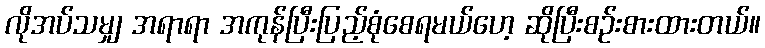
လိုအပ်သမျှ အရာရာ အကုန်ပြီးပြည့်စုံစေရမယ်ဟေ့ ဆိုပြီးစဉ်းစားထားတယ်။